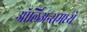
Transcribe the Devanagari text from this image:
ऑर्लिअन्समध्ये